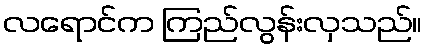
လရောင်က ကြည်လွန်းလှသည်။